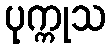
ပုက္ကုသ